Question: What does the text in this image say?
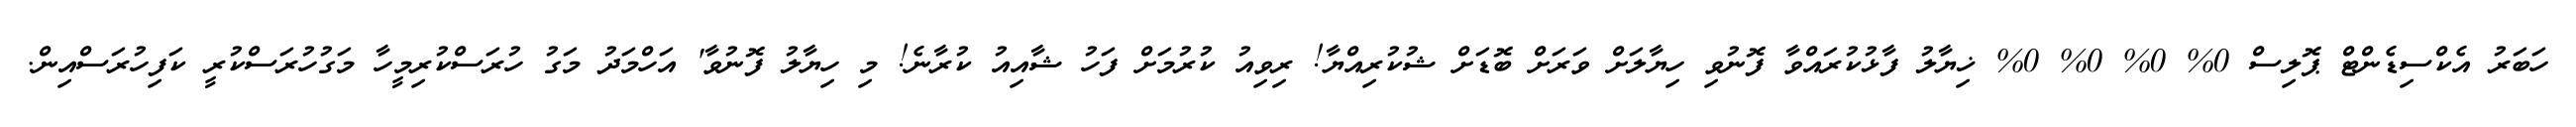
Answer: ހަބަރު އެކްސިޑެންޓް ޕޮލިސް 0% 0% 0% 0% ޚިޔާލު ފާޅުކުރައްވާ ފޮނުވި ހިޔާލަށް ވަރަށް ބޮޑަށް ޝުކުރިއްޔާ! ރިވިއު ކުރުމަށް ފަހު ޝާއިއު ކުރާނެ! މި ހިޔާލު ފޮނުވާ' އަހްމަދު މަގު ހުރަސްކުރިމީހާ މަގުހުރަސްކުރީ ކަފިހުރަސްއިން.